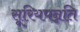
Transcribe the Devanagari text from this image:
सूरियपन्नति